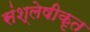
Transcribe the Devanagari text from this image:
संश्लेषीकृत